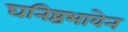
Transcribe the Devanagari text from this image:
घनिष्ठभावेन